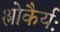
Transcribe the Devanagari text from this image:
श्लोकैर्यः